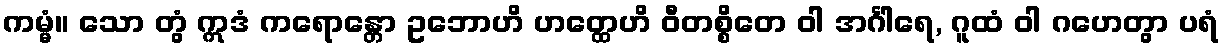
ကမ္မံ။ သော တွံ ဣဒံ ကရောန္တော ဥဘောဟိ ဟတ္ထေဟိ ဝီတစ္စိတေ ဝါ အင်္ဂါရေ, ဂူထံ ဝါ ဂဟေတွာ ပရံ